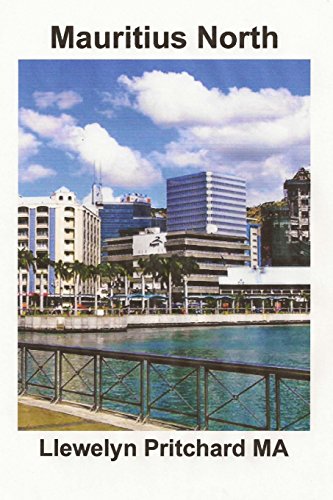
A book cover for Mauritius North: A Souvenir Koleksi Foto werna karo tulisan cathetan (Foto Album) (Volume 11) (Javanese Edition); Llewelyn Pritchard MA; Travel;